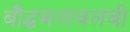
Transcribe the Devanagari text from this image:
बौद्धमतावलंबी